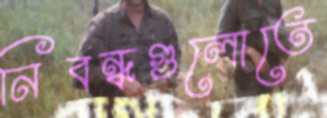
নিবন্ধগুলোতে